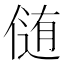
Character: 𪝘